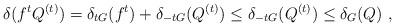
LaTeX: \begin{align*} \delta(f^tQ^{(t)}) = \delta_{tG}(f^t) + \delta_{-tG}(Q^{(t)}) \le \delta_{-tG}(Q^{(t)}) \leq \delta_G(Q) \ , \end{align*}